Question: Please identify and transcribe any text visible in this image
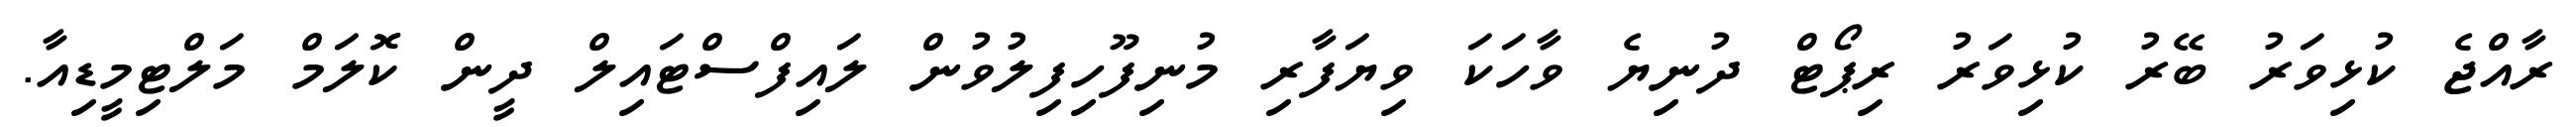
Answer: ރާއްޖެ ކުޅިވަރު ބޭރު ކުޅިވަރު ރިޕޯޓް ދުނިޔެ ވާހަކަ ވިޔަފާރި މުނިފޫހިފިލުވުން ލައިފްސްޓައިލް ދީން ކޮލަމް މަލްޓިމީޑިއާ.